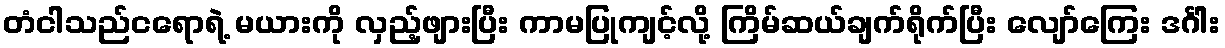
တံငါသည်ငရောရဲ့ မယားကို လှည့်ဖျားပြီး ကာမပြုကျင့်လို့ ကြိမ်ဆယ်ချက်ရိုက်ပြီး လျော်ကြေး ဒင်္ဂါး